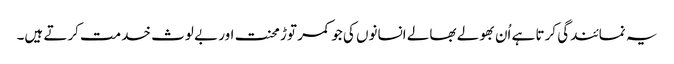
یہ نمائندگی کرتا ہے اُن بھولے بھالے انسانوں کی جو کمر توڑ محنت اور بے لوث خدمت کرتے ہیں۔